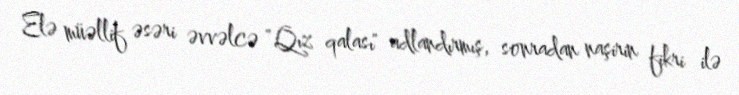
Elə müəllif əsəri əvvəlcə "Qız qalası" adlandırmış, sonradan naşirin fikri ilə